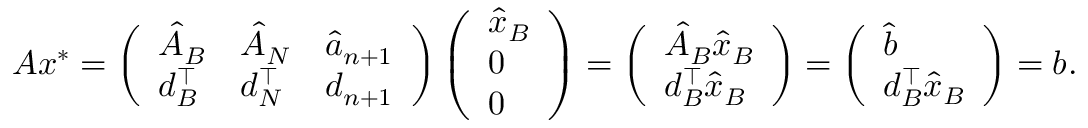
A x ^ { * } = \left( \begin{array} { l l l } { \hat { A } _ { B } } & { \hat { A } _ { N } } & { \hat { a } _ { n + 1 } } \\ { d _ { B } ^ { \top } } & { d _ { N } ^ { \top } } & { d _ { n + 1 } } \end{array} \right) \left( \begin{array} { l } { \hat { x } _ { B } } \\ { 0 } \\ { 0 } \end{array} \right) = \left( \begin{array} { l } { \hat { A } _ { B } \hat { x } _ { B } } \\ { d _ { B } ^ { \top } \hat { x } _ { B } } \end{array} \right) = \left( \begin{array} { l } { \hat { b } } \\ { d _ { B } ^ { \top } \hat { x } _ { B } } \end{array} \right) = b .